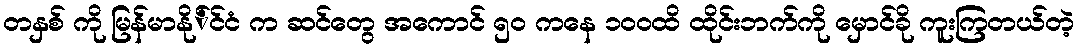
တနှစ် ကို မြန်မာနို်င်ငံ က ဆင်တွေ အကောင် ၅ဝ ကနေ ၁၀ဝထိ ထိုင်းဘက်ကို မှောင်ခို ကူးကြတယ်တဲ့